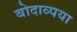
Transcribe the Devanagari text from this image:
बोदाव्पया